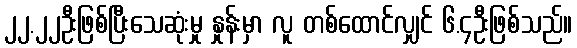
၂၂.၂၂ဦးဖြစ်ပြီးသေဆုံးမှု နှုန်းမှာ လူ တစ်ထောင်လျှင် ၆.၄ဦးဖြစ်သည်။